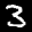
Label: 3